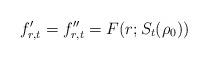
LaTeX: \begin{align*} f'_{r,t} = f''_{r,t} = F(r;S_t(\rho_0)) \end{align*}